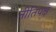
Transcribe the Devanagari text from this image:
नीतिपक्ष